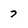
Character: 7